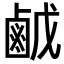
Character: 𪉠